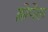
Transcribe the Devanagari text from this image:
झेपेल